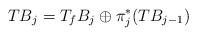
LaTeX: \begin{align*} TB_j=T_f B_j\oplus \pi_j^*(TB_{j-1})\end{align*}